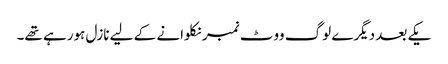
یکے بعد دیگرے لوگ ووٹ نمبر نکلوانے کے لیے نازل ہورہے تھے۔